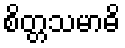
စိတ္တသမာဓိ